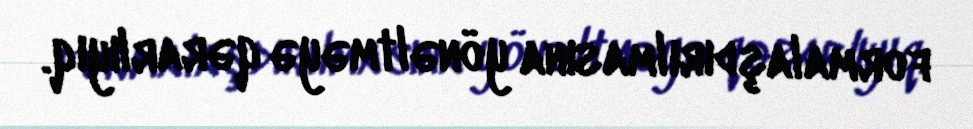
formalaşdırılmasına yönəltməyə qərarlıyıq.